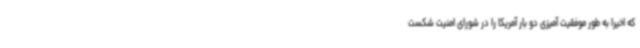
که اخیرا به طور موفقیت آمیزی دو بار آمریکا را در شورای امنیت شکست